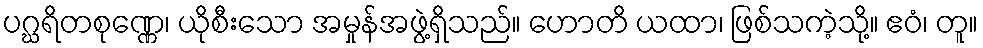
ပဂ္ဃရိတစုဏ္ဏေ၊ ယိုစီးသော အမှုန်အဖွဲ့ရှိသည်။ ဟောတိ ယထာ၊ ဖြစ်သကဲ့သို့။ ဧဝံ၊ တူ။